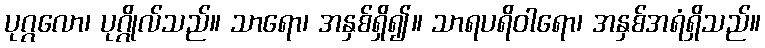
ပုဂ္ဂလော၊ ပုဂ္ဂိုလ်သည်။ သာရော၊ အနှစ်ရှိ၍။ သာရပရိဝါရော၊ အနှစ်အရံရှိသည်။